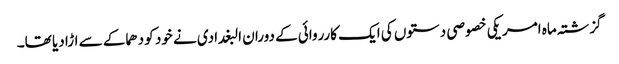
گزشتہ ماہ امریکی خصوصی دستوں کی ایک کارروائی کے دوران البغدادی نے خود کو دھماکے سے اڑا دیا تھا۔